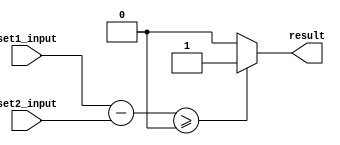
module magnitude_comparator (
    input [7:0] set1_input,
    input [7:0] set2_input,
    output result
);

wire [7:0] sub_result;

assign sub_result = set1_input - set2_input;

assign result = (sub_result >= 0) ? 1'b1 : 1'b0;

endmodule